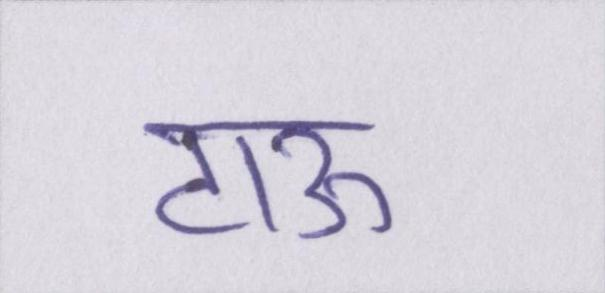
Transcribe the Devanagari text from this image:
टाऊ